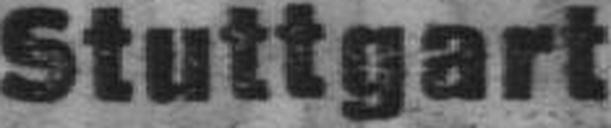
Stuttgart